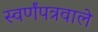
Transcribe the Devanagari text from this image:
स्वर्णंपत्रवाले